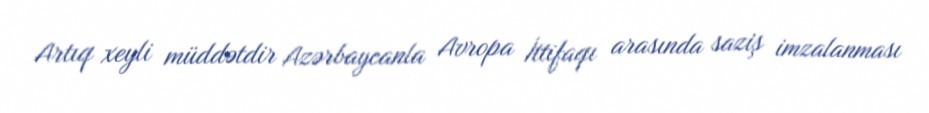
Artıq xeyli müddətdir Azərbaycanla Avropa İttifaqı arasında saziş imzalanması